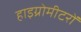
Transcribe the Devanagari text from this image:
हाइग्रोमीटरों